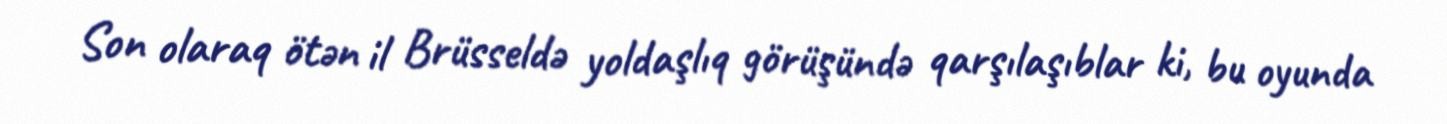
Son olaraq ötən il Brüsseldə yoldaşlıq görüşündə qarşılaşıblar ki, bu oyunda